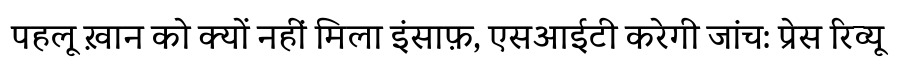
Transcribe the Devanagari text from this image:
पहलू ख़ान को क्यों नहीं मिला इंसाफ़, एसआईटी करेगी जांच: प्रेस रिव्यू